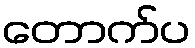
တောက်ပ